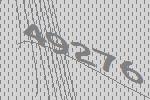
49276